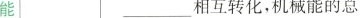
能 ___相互转化，机械能的总